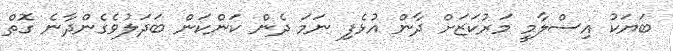
ބަޔަކު އިސްލާމީ މަރުކަޒަށް ދާން އުޅެފި ނަމަ ދެން ކަންކަން ބަދަލުވެގެންދާނެ ގޮތް